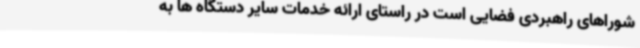
شوراهای راهبردی فضایی است در راستای ارائه خدمات سایر دستگاه ها به